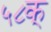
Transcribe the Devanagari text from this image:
५८क्